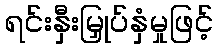
ရင်းနှီးမြှုပ်နှံမှုဖြင့်